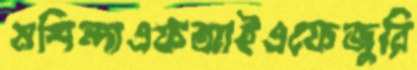
মশিন্দাএফআইএফেজুরি